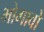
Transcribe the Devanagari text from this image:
भोगावो